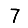
Digit: 7